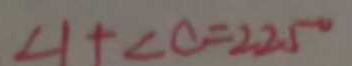
\angle 1 + \angle C = 2 2 5 ^ { \circ }